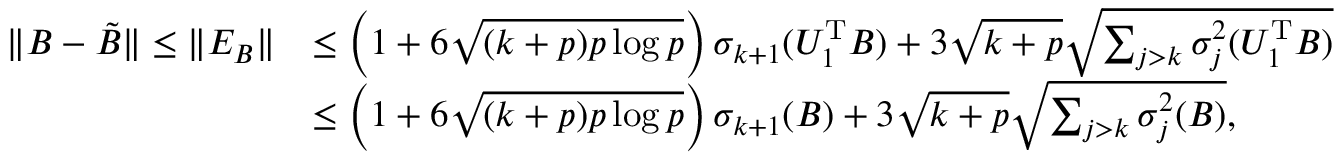
\begin{array} { r l } { \| B - \tilde { B } \| \le \| E _ { B } \| } & { \le \left( 1 + 6 \sqrt { ( k + p ) p \log p } \right) \sigma _ { k + 1 } ( U _ { 1 } ^ { \mathrm { T } } B ) + 3 \sqrt { k + p } \sqrt { \sum _ { j > k } \sigma _ { j } ^ { 2 } ( U _ { 1 } ^ { \mathrm { T } } B ) } } \\ & { \le \left( 1 + 6 \sqrt { ( k + p ) p \log p } \right) \sigma _ { k + 1 } ( B ) + 3 \sqrt { k + p } \sqrt { \sum _ { j > k } \sigma _ { j } ^ { 2 } ( B ) } , } \end{array}